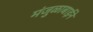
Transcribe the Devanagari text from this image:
मंजुळाबाईने